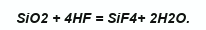
SіO2 + 4HF = SіF4+ 2H2O.